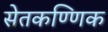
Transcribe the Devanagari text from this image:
सेतकण्णिक